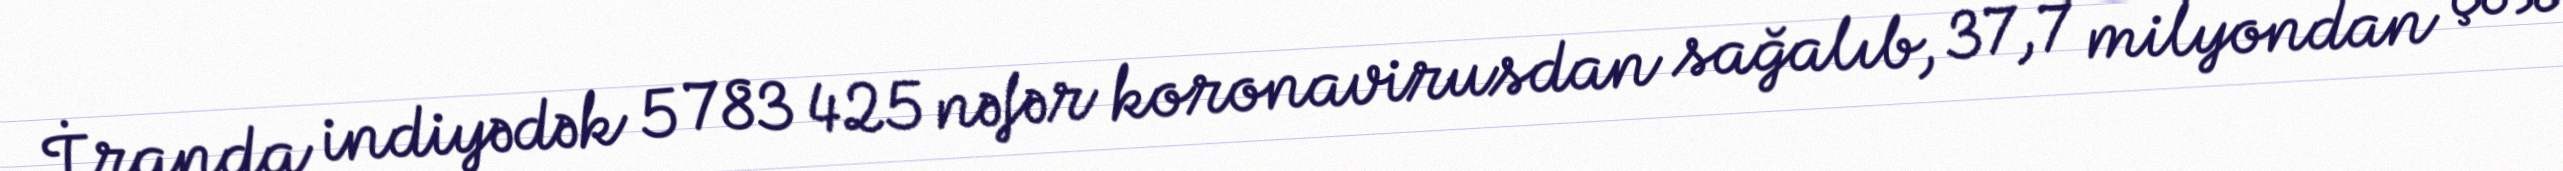
İranda indiyədək 5 783 425 nəfər koronavirusdan sağalıb, 37,7 milyondan çox